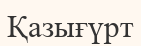
Қазығүрт